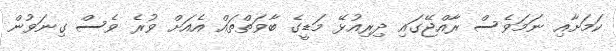
ކަމަށާއި ނަމަވެސް ރާއްޖޭގައި ދިރިއުޅޭ މަޑީގެ ބާވަތްތައް އެއަަށް ވުރެ ވެސް ގިނަވުން